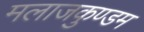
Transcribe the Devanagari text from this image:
मलाजकुण्डम